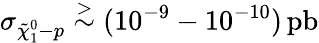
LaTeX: \sigma_{\tilde{\chi}_{1}^{0}-p}\stackrel{>}{\sim}(10^{-9}-10^{-10})\, \mathrm{pb}